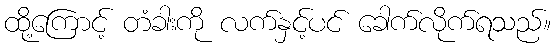
ထို့ကြောင့် တံခါးကို လက်နှင့်ပင် ခေါက်လိုက်ရသည်။